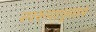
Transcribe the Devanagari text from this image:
स्परूपानुसार